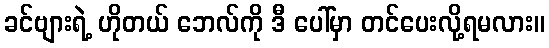
ခင်ဗျားရဲ့ ဟိုတယ် ဘေလ်ကို ဒီ ပေါ်မှာ တင်ပေးလို့ရမလား။